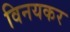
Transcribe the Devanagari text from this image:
विनयकर